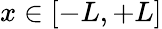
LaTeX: x\in[-L,+L]